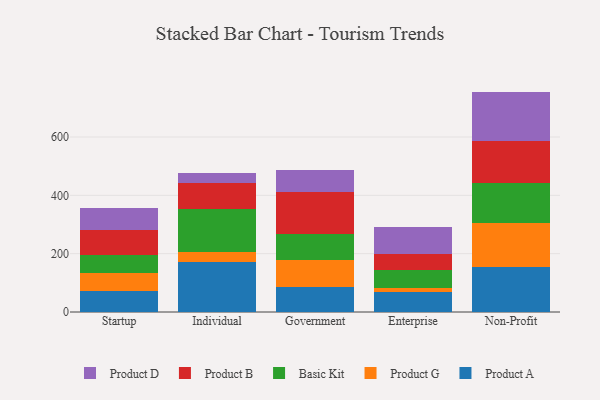
{"axis": {"x": "Segment", "y": "Population (Million)"}, "legend": ["Basic Kit", "Product A", "Product B", "Product D", "Product G"], "data": [{"x": "Startup", "y": 72.8, "type": "Product A"}, {"x": "Startup", "y": 60.7, "type": "Product G"}, {"x": "Startup", "y": 63.5, "type": "Basic Kit"}, {"x": "Startup", "y": 83.7, "type": "Product B"}, {"x": "Startup", "y": 76.3, "type": "Product D"}, {"x": "Individual", "y": 170.9, "type": "Product A"}, {"x": "Individual", "y": 35.8, "type": "Product G"}, {"x": "Individual", "y": 148.0, "type": "Basic Kit"}, {"x": "Individual", "y": 87.8, "type": "Product B"}, {"x": "Individual", "y": 34.8, "type": "Product D"}, {"x": "Government", "y": 85.0, "type": "Product A"}, {"x": "Government", "y": 92.0, "type": "Product G"}, {"x": "Government", "y": 90.2, "type": "Basic Kit"}, {"x": "Government", "y": 143.9, "type": "Product B"}, {"x": "Government", "y": 76.7, "type": "Product D"}, {"x": "Enterprise", "y": 67.6, "type": "Product A"}, {"x": "Enterprise", "y": 16.2, "type": "Product G"}, {"x": "Enterprise", "y": 61.3, "type": "Basic Kit"}, {"x": "Enterprise", "y": 55.4, "type": "Product B"}, {"x": "Enterprise", "y": 89.3, "type": "Product D"}, {"x": "Non-Profit", "y": 155.4, "type": "Product A"}, {"x": "Non-Profit", "y": 149.5, "type": "Product G"}, {"x": "Non-Profit", "y": 138.4, "type": "Basic Kit"}, {"x": "Non-Profit", "y": 144.4, "type": "Product B"}, {"x": "Non-Profit", "y": 168.0, "type": "Product D"}]}